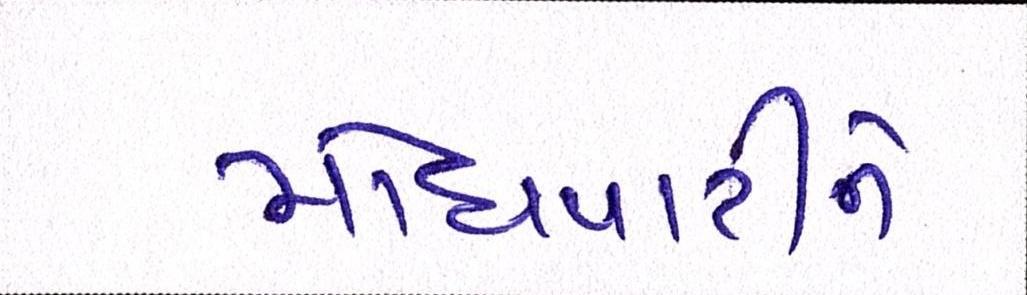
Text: મોંઘવારીને